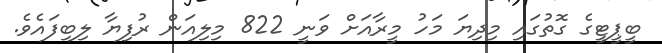
ބީޕީޓީގެ ގޮތުގައި މިދިޔަ މަހު މީރާއަށް ވަނީ 822 މިލިއަން ރުފިޔާ ލިބިފައެވެ.